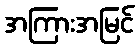
အကြားအမြင်